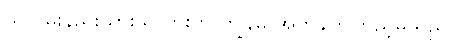
သူ ဝမ်းနည်းသွားသလားဟု ကျွန်မ အကဲခတ်ကြည့်မိသည်။